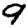
Digit: 9